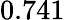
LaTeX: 0.741